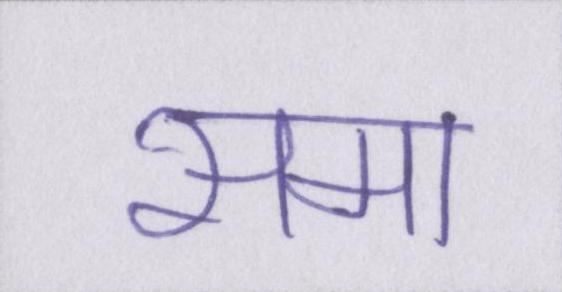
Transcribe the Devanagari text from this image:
समा